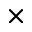
\times